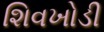
શિવખોડી